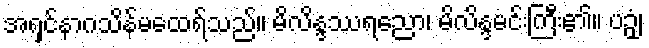
အရှင်နာဂသိန်မထေရ်သည်။ မိလိန္ဒဿရညော၊ မိလိန္ဒမင်းကြီး၏။ ပဉှံ၊